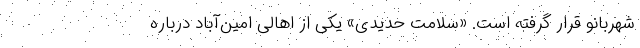
شهربانو قرار گرفته است. «سلامت حدیدی» یکی از اهالی امین‌آباد درباره